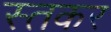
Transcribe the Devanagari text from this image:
स्तकर